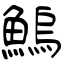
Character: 鰞